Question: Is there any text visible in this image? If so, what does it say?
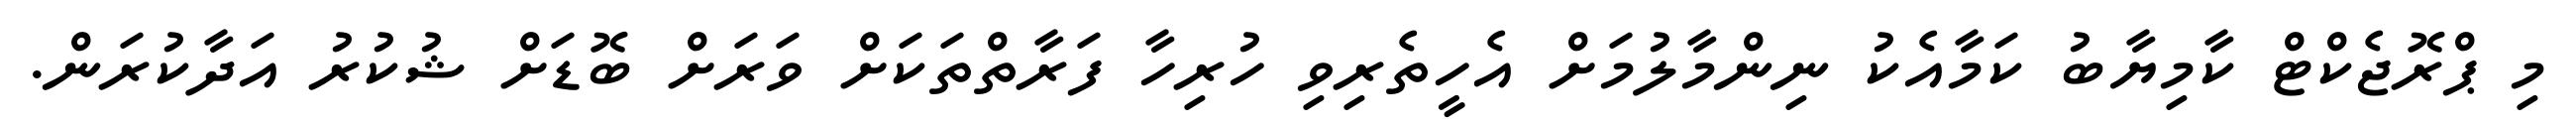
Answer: މި ޕްރޮޖެކްޓް ކާމިޔާބު ކަމާއެކު ނިންމާލުމަށް އެހީތެރިވި ހުރިހާ ފަރާތްތަކަށް ވަރަށް ބޮޑަށް ޝުކުރު އަދާކުރަން.